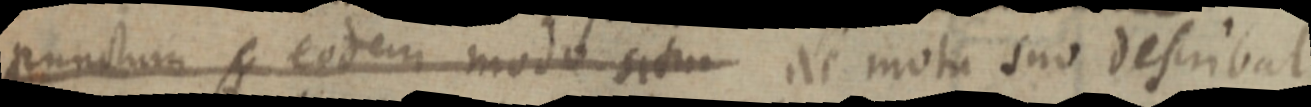
punctum eodem modo situm ae mota suo describat